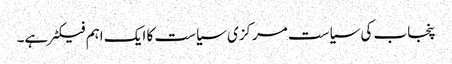
پنجاب کی سیاست مرکزی سیاست کا ایک اہم فیکٹر ہے۔